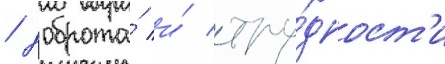
/ доброта́ и́ тру́дност'и